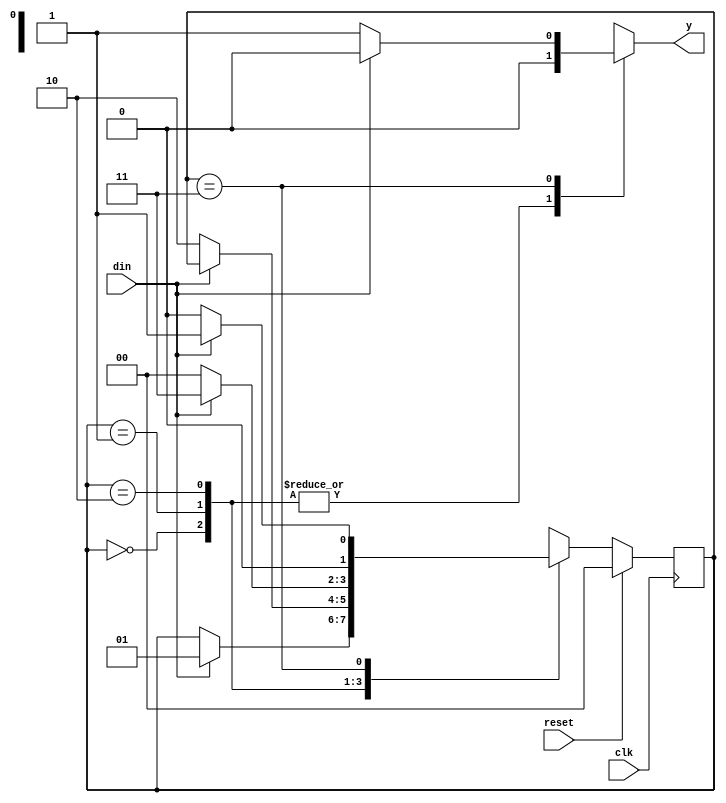
module pes_sdw(din, reset, clk, y);
input din;
input clk;
input reset;
output reg y;
reg [1:0] cst, nst;
parameter S0 = 2'b00, //all state
          S1 = 2'b01,
          S2 = 2'b10,
          S3 = 2'b11;
always @(cst or din)
 begin
 case (cst)
   S0: if (din == 1'b1)
          begin
         nst = S1;
          y=1'b0;
          end
      else
          begin
          nst = cst;
          y=1'b0;
          end
   S1: if (din == 1'b0)
          begin
        nst = S2;
          y=1'b0;
          end
       else
          begin
          y=1'b0;
           nst = cst;
          end
   S2: if (din == 1'b1)
          begin
         nst = S3;
          y=1'b0;
          end    
          else
          begin
          nst = S0;
          y=1'b0;
          end
   S3: if (din == 1'b0)
          begin
         nst = S0;
          y=1'b1;                //output will come
          end
       else
          begin
          nst = S1;
          y=1'b0;
          end
   default: nst = S0;
  endcase
end
always@(posedge clk)
          begin
           if (reset)
             cst <= S0;
           else 
             cst <= nst;
          end
endmodule